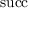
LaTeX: \operatorname { s u c c }